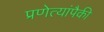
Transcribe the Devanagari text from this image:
प्रणेत्यांपैकी